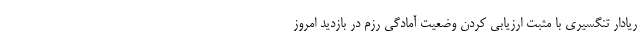
ریادار تنگسیری با مثبت ارزیابی کردن وضعیت آمادگی رزم در بازدید امروز